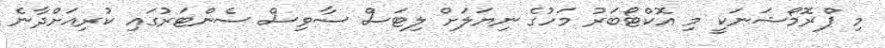
މި ޕްރޮމޯޝަނަކީ މި އޮކްޓޯބަރު މަހުގެ ނިޔަލަށް ލިޓަސް ސާވިސް ސެންޓަރުގައި ކުރިއަށްދާނެ